Leaving Certificate Examination (including Day School Certificate (Higher) General paper), 1937
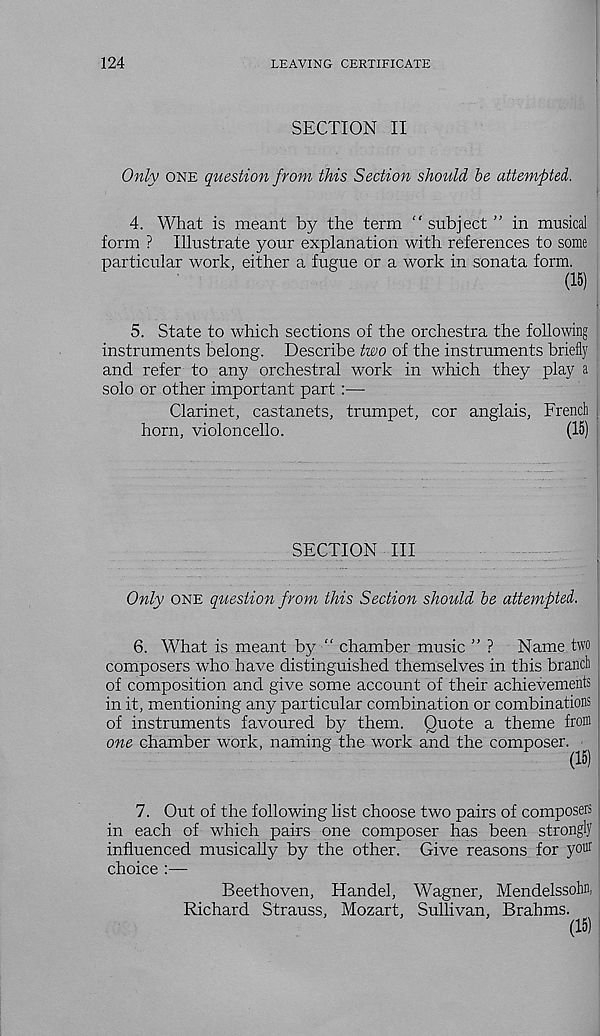
124
LEAVING CERTIFICATE
SECTION II
Only one question from this Section should be attempted,.
4. What is meant by the term "subject ” in musical
form ? Illustrate your explanation with references to some
particular work, either a fugue or a work in sonata form.
(15)
5. State to which sections of the orchestra the following
instruments belong. Describe two of the instruments briefly
and refer to any orchestral work in which they play a
solo or other important part :—
Clarinet, castanets, trumpet, cor anglais, French
horn, violoncello.
(15)
SECTION III
Only one question from this Section should be attempted.
6. What is meant by^ “ chamber music ” ?
Name two
composers who have distinguished themselves in this branch
of composition and give some account of their achievements
in it, mentioning any particular combination or combinations
of instruments favoured by them. Quote a theme from
one chamber work, naming the work and the composer.
(15)
7. Out of the following list choose two pairs of composers
in each of which pairs one composer has been strongly j
influenced musically by the other. Give reasons for your
choice :—
Beethoven, Handel, Wagner, Mendelssohn,
Richard Strauss, Mozart, Sullivan, Brahms.
(15)